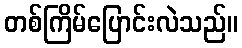
တစ်ကြိမ်ပြောင်းလဲသည်။